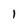
Character: 1